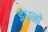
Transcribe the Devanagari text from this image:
इंधनो